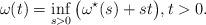
LaTeX: \begin{align*}\omega(t)=\inf_{s>0} \big(\omega^{\star}(s)+st\big), t>0.\end{align*}